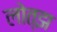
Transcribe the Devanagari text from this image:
लोत्झ